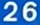
26